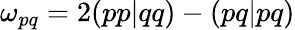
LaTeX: \omega_{pq}=2(pp|qq)-(pq|pq)